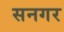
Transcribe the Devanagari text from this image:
सनगर